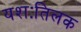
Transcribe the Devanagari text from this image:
यशःतिलक